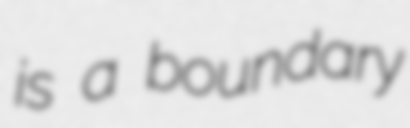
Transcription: is a boundary